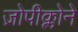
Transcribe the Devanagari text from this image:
ज़ोपीक्लोने